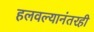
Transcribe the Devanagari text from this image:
हलवल्यानंतरही